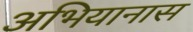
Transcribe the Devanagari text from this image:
अभियानास